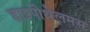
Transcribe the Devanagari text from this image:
हाइपोथेलमस